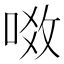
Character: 𠶂